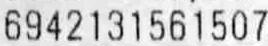
6942131561507